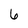
Character: 6